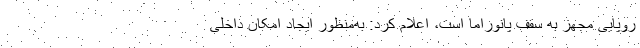
روپایی مجهز به سقف پانوراما است، اعلام کرد: به‌منظور ایجاد امکان داخلی